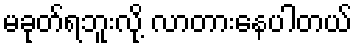
မခုတ်ရဘူးလို့ လာတားနေပါတယ်